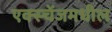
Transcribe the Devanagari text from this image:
एक्स्चेंजमधील